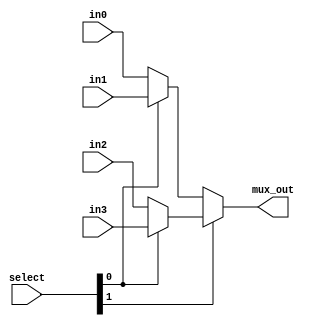
module Mux4_32_bit (in0, in1,in2, in3, mux_out, select);
	parameter N = 32;
	input [N-1:0] in0, in1,in2,in3;
	output [N-1:0] mux_out;
	input [1:0]select;
	assign mux_out = select[1]? (select[0]?in3: in2):(select[0]?in1:in0);
endmodule


module tb;
	parameter N = 32;
	reg [N-1:0] in0, in1,in2,in3;
	wire [N-1:0] mux_out;
	reg [1:0]select;
	
	Mux4_32_bit dut(in0, in1,in2, in3, mux_out, select);
	
	initial begin
	    $monitor($time," in0=%d, in1=%d, in2=%d, in3=%d, mux_out=%d, select=%b",in0, in1,in2, in3, mux_out, select);
	    
	        in2=32'd66; in3=32'd99; in0=32'd11; in1=32'd33; select=0;
            repeat (4) #2 select=select+1;
		#5	$finish;
	end
endmodule